Leaving Certificate Examination, 1924
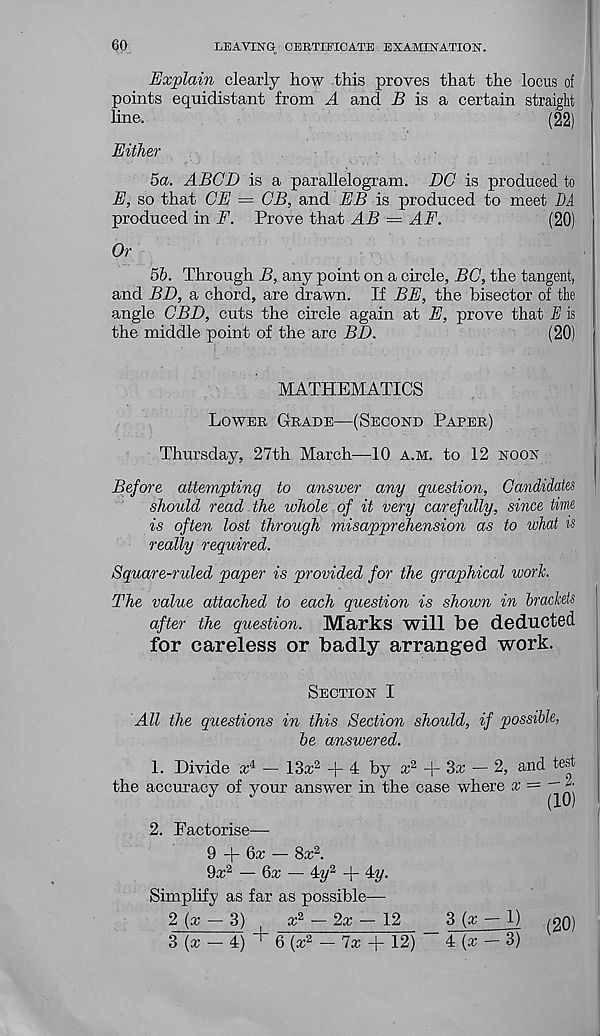
60
LEAVING CERTIFICATE EXAMINATION.
Explain clearly how this proves that the locus of
points equidistant from A and B is a certain straight
hue.
(22)
Either
5a. ABGD is a parallelogram. DC is produced to
E, so that GE = GB, and EB is produced to meet BA
produced in F. Prove that AB = AF.
(20)
Or
5b. Through B, any point on a circle, BG, the tangent,
and BD, a chord, are drawn. If BE, the bisector of the
angle GBD, cuts the circle again at E, prove that E is
the middle point of the arc BD.
(20)
MATHEMATICS
Lower Grade—(Second Paper)
Thursday, 27th March—10 a.m. to 12 noon
Before attempting to answer any question, Candidates
should read the whole of it very carefully, since time
is often lost through misapprehension as to what is
really required.
Square-ruled paper is provided for the graphical work.
The value attached to each question is shown in brackets
after the question. Marks will be deducted
for careless or badly arranged work.
Section I
All the questions in this Section should, if possible,
be answered.
1. Divide x 4 — 13a; 2 + 4 by a; 2 + 3a; — 2, and test
the accuracy of your answer in the case where x = ^ "j
2. Factorise—
9 + 6a; — 8a; 2 .
9a; 2 — 6a; — 4y 2 + 4y.
Simplify as far as possible—
2 (a; — 3)
a: 2 — 2a; — 12
3 (x — 1)
3 (a; - 4) + 6 (x 2 - 7x -j- 12) - 4 (a; - 3)